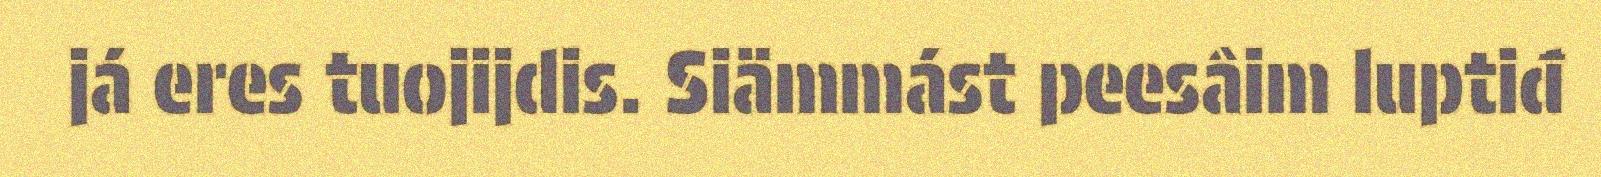
já eres tuojijdis. Siämmást peesâim luptiđ